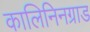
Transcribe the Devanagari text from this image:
कालिनिनग्राड